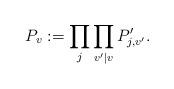
LaTeX: \begin{align*}P_v:=\prod_j\prod_{v'|v} P'_{j,v'}.\end{align*}